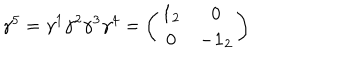
LaTeX: \gamma ^ { 5 } = \gamma ^ { 1 } \gamma ^ { 2 } \gamma ^ { 3 } \gamma ^ { 4 } = \left( \begin{array} { c c } { { { \bf 1 } _ { 2 } } } & { { 0 } } \\ { { 0 } } & { { - { \bf 1 } _ { 2 } } } \\ \end{array} \right)